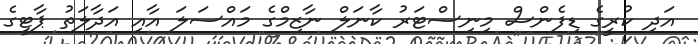
އަދި ކުރީގެ ޑިފެންސް މިނިސްޓަރު ކާނަލް ނާޒިމްގެ މައްސަލަ އާއި އަދާލަތު ޕާޓީގެ